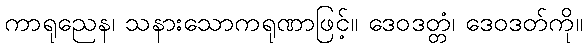
ကာရုညေန၊ သနားသောကရုဏာဖြင့်။ ဒေဝဒတ္တံ၊ ဒေဝဒတ်ကို။